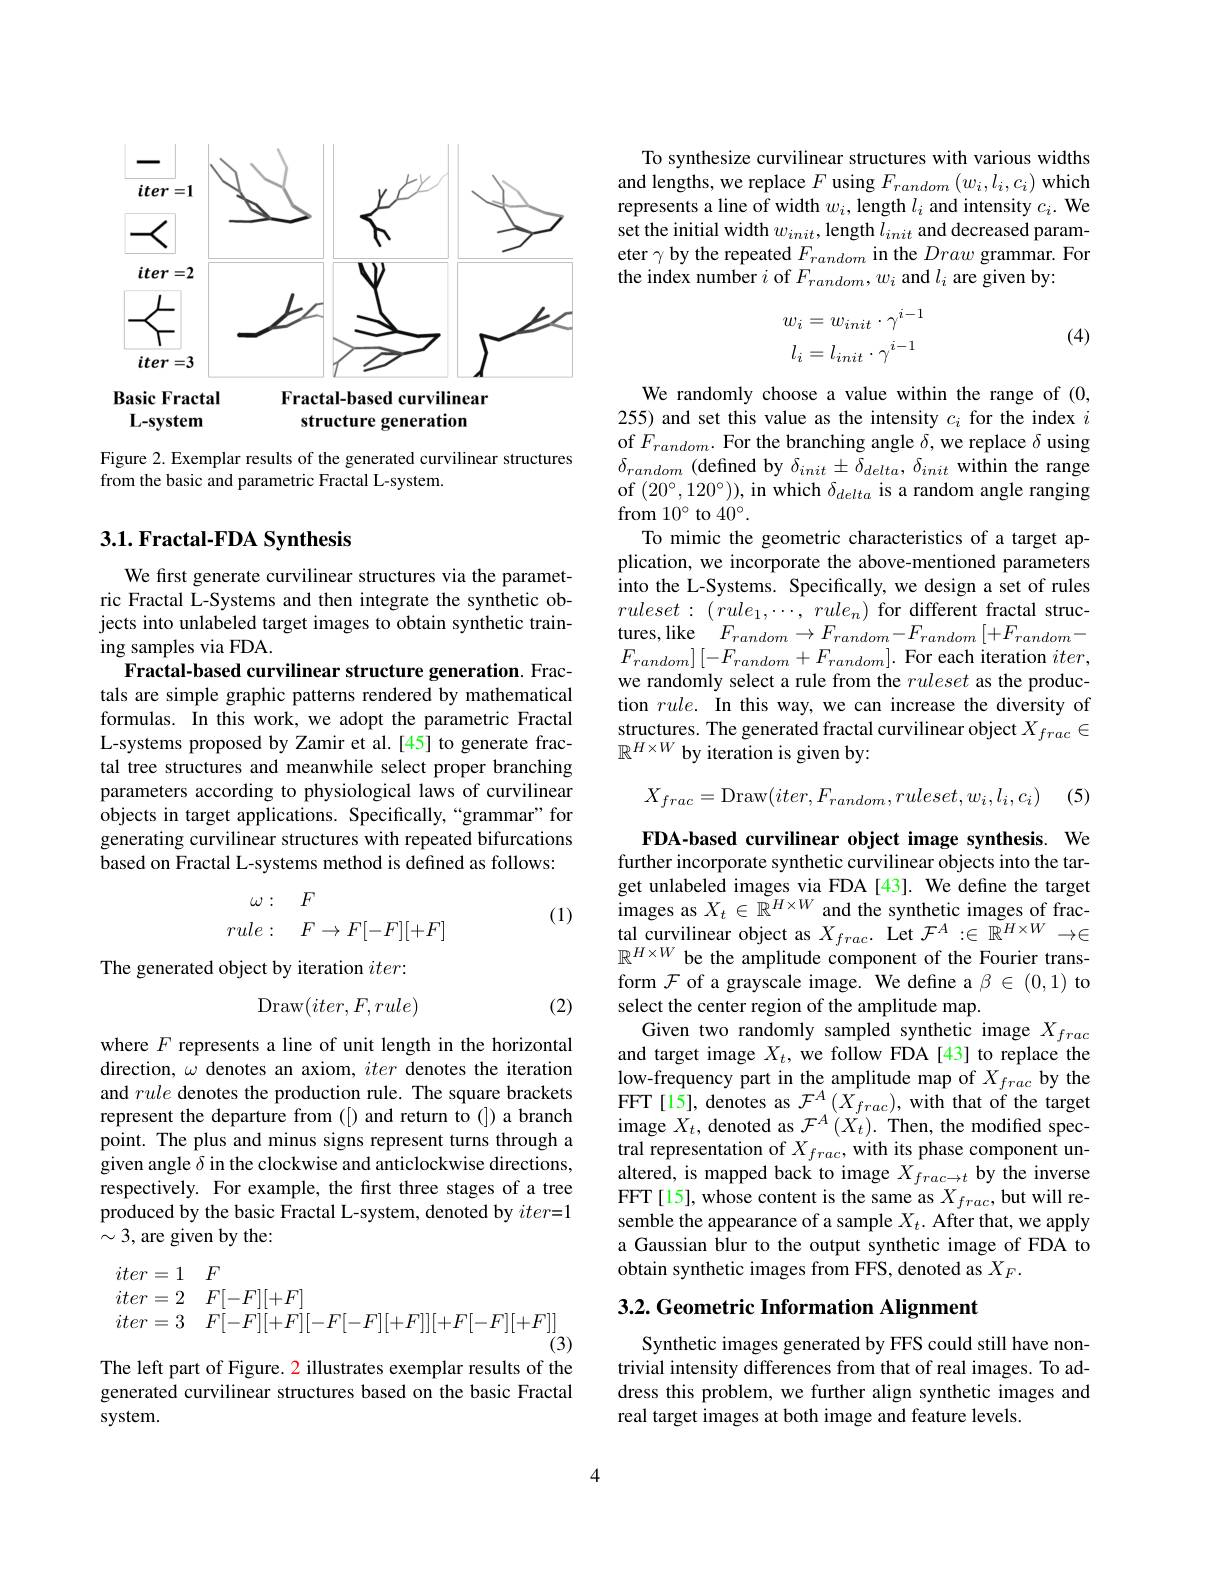
<FigureHere>

Figure 2. Exemplar results of the generated curvilinear structures
from the basic and parametric Fractal L-system.

### 3.1. Fractal-FDA Synthesis

We first generate curvilinear structures via the parametric Fractal L-Systems and then integrate the synthetic objects into unlabeled target images to obtain synthetic training samples via FDA.
Fractal-based curvilinear structure generation. Fractals are simple graphic patterns rendered by mathematical formulas. In this work, we adopt the parametric Fractal L-systems proposed by Zamir et al.[45] to generate fractal tree structures and meanwhile select proper branching parameters according to physiological laws of curvilinear objects in target applications. Specifically,“grammar”for generating curvilinear structures with repeated bifurcations based on Fractal L-systems method is defined as follows:

(1)
$$\begin{matrix}\omega:&F\\rule:&F\to F[-F][+F]\end{matrix}$$
The generated object by iteration $iter:$
$$\mathrm{Draw}(iter,F,rule)$$
(2)

where $F$ represents a line of unit length in the horizontal direction, $\omega$ denotes an axiom, iter denotes the iteration and rule denotes the production rule. The square brackets represent the departure from([) and return to(]) a branch point. The plus and minus signs represent turns through a given angle $\delta$ in the clockwise and anticlockwise directions, respectively. For example, the first three stages of a tree produced by the basic Fractal L-system, denoted by $iter=1$ $\sim3$,are given by the:
$$\begin{aligned}&iter=1\quad F\\&iter=2\quad F[-F][+F]\\&iter=3\quad F[-F][+F][-F[-F][+F]][+F[-F][+F]]\\&&\text{(3)}\end{aligned}$$
The left part of Figure. 2 illustrates exemplar results of the

generated curvilinear structures based on the basic Fractal
system.

4

To synthesize curvilinear structures with various widths and lengths, we replace $F$ using $F_random\left(w_{i},l_{i},c_{i}\right)$which represents a line of width $w_i$, length $l_i$ and intensity $c_i.$ We set the initial width $w_{init}$,length $l_init$ and decreased parameter $\gamma$ by the repeated $F_random$ in the Draw grammar. For the index number $i$ of $F_{random},w_{i}$ and $l_i$ are given by:
$$w_{i}=w_{init}\cdot\gamma^{i-1}\\l_{i}=l_{init}\cdot\gamma^{i-1}$$
(4)

We randomly choose a value within the range of (0, 255) and set this value as the intensity $c_i$ for the index $i$ of $F_{random}.$ For the branching angle $\delta$,we replace $\delta$ using $\delta_{random}$ (defined by $\delta_init\pm\delta_{delta},\delta_{init}$ within the range of $(20^{\circ},120^{\circ}))$,in which $\delta_delta$ is a random angle ranging from 10° to 40°.
To mimic the geometric characteristics of a target application, we incorporate the above-mentioned parameters into the L-Systems. Specifically, we design a set of rules $ruleset:(rule_{1},\cdots,rule_{n})$ for different fractal structures,like$F_{random}\to F_{random}-F_{random}\left[+F_{random}-\right]$ $F_{random}]\left[-F_{random}+F_{random}\right].$For each iteration $iter$, we randomly select a rule from the ruleset as the production $rule.$ In this way, we can increase the diversity of structures. The generated fractal curvilinear object $X_{frac}\in$ $\mathbb{R}^{H\times W}$ by iteration is given by:

(5)
$$X_{frac}=\mathrm{Draw}(iter,F_{random},ruleset,w_i,l_i,c_i)$$
FDA-based curvilinear object image synthesis. We further incorporate synthetic curvilinear objects into the target unlabeled images via FDA [43]. We define the target $\begin{array}{l}{\mathrm{images~as~}X_{t}\in\mathbb{R}^{H\times W}\text{ and the synthetic images of frac-}}\\{\mathrm{tal~curvilinear~object~as~}X_{frac}.~\mathrm{Let~}\mathcal{F}^{A}:\in\mathbb{R}^{H\times W}\to\in}\end{array}$ $\mathbb{R}^{H\times W}$ be the amplitude component of the Fourier transform $\mathcal{F}$ of a grayscale image. We define a $\beta\in(0,1)$ to select the center region of the amplitude map.
Given two randomly sampled synthetic image $X_{frac}$ and target image $X_t$, we follow FDA[43] to replace the low-frequency part in the amplitude map of $X_{frac}$ by the FFT[15], denotes as $\mathcal{F}^A(\hat{X_{frac}})$, with that of the target image $X_t$, denoted as $\mathcal{F}^A\left(X_{t}\right).$ Then, the modified spectral representation of $X_{frac}$, with its phase component unaltered, is mapped back to image $X_frac\to t$ by the inverse FFT[15], whose content is the same as $X_frac$,but will resemble the appearance of a sample $X_t.$ After that, we apply a Gaussian blur to the output synthetic image of FDA to obtain synthetic images from FFS, denoted as $X_F.$

## 3.2. Geometric Information Alignment

Synthetic images generated by FFS could still have nontrivial intensity differences from that of real images. To address this problem, we further align synthetic images and real target images at both image and feature levels.